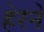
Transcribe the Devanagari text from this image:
हेरने